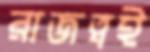
রাজত্বই